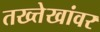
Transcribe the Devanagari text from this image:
तख्त्तेखांवर